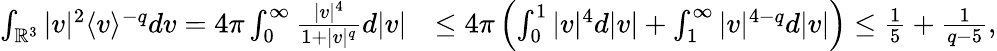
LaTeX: \begin{array}{rl}{\int_{\mathbb{R}^{3}}|v|^{2}\langle v\rangle^{-q}dv=4\pi\int_{0}^{\infty}\frac{|v|^{4}}{1+|v|^{q}}d|v|}&{\leq 4\pi\left(\int_{0}^{1}|v|^{4}d|v|+\int_{1}^{\infty}|v|^{4-q}d|v|\right)\leq\frac{1}{5}+\frac{1}{q-5},}\end{array}